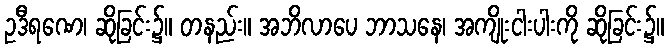
ဥဒီရဏေ၊ ဆိုခြင်း၌။ တနည်း။ အဘိလာပေ ဘာသနေ၊ အကျိုးငါးပါးကို ဆိုခြင်း၌။